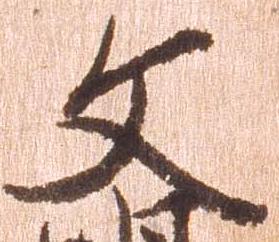
文